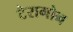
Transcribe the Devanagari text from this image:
टैरागोन